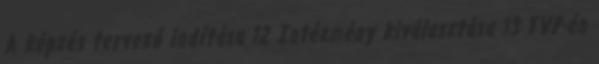
A képzés tervező indítása 12 Intézmény kiválasztása 13 TVP-én